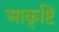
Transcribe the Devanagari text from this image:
आकृष्टि